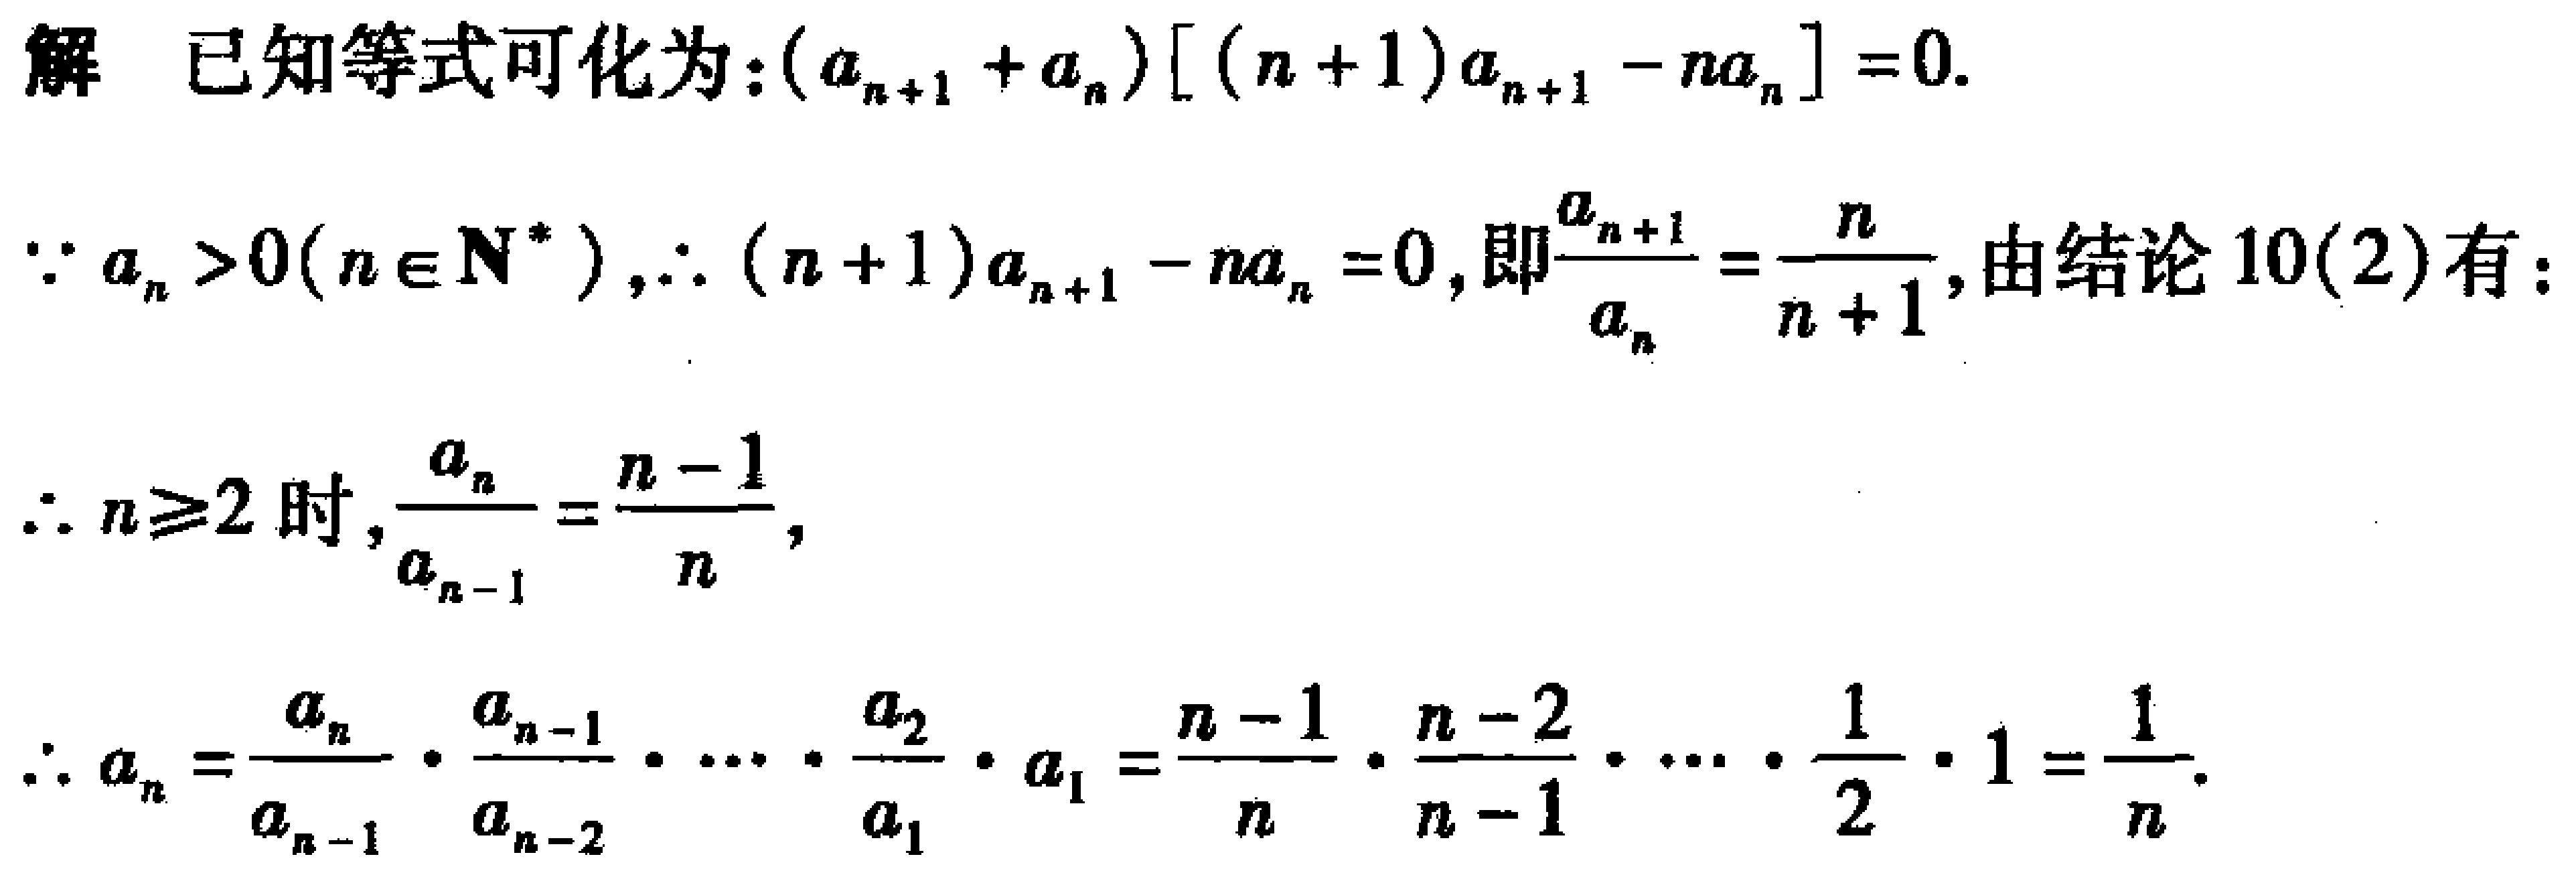
解 已知等式可化为：\((a_{n + 1} + a_{n})[(n + 1)a_{n + 1} - na_{n}] = 0\).
\(\because a_{n} > 0(n\in\mathbf{N}^{*}),\therefore (n + 1)a_{n + 1} - na_{n} = 0\), 即\(\frac{a_{n + 1}}{a_{n}}=\frac{n}{n + 1}\), 由结论10(2)有：
\(\therefore n\geqslant2\)时, \(\frac{a_{n}}{a_{n - 1}}=\frac{n - 1}{n}\),
\(\therefore a_{n}=\frac{a_{n}}{a_{n - 1}}\cdot\frac{a_{n - 1}}{a_{n - 2}}\cdots\frac{a_{2}}{a_{1}}\cdot a_{1}=\frac{n - 1}{n}\cdot\frac{n - 2}{n - 1}\cdots\frac{1}{2}\cdot1=\frac{1}{n}\).